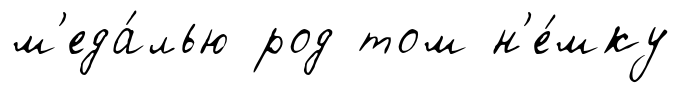
м'еда́лью род том н'е́мку